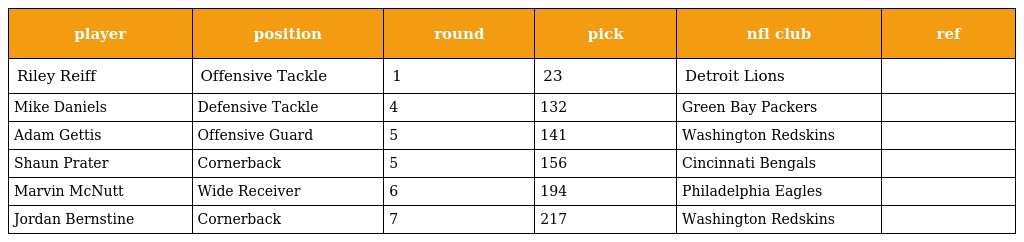
| player | position | round | pick | nfl club | ref |
 | --- | --- | --- | --- | --- | --- |
 | Riley Reiff | Offensive Tackle | 1 | 23 | Detroit Lions |  |
 | Mike Daniels | Defensive Tackle | 4 | 132 | Green Bay Packers |  |
 | Adam Gettis | Offensive Guard | 5 | 141 | Washington Redskins |  |
 | Shaun Prater | Cornerback | 5 | 156 | Cincinnati Bengals |  |
 | Marvin McNutt | Wide Receiver | 6 | 194 | Philadelphia Eagles |  |
 | Jordan Bernstine | Cornerback | 7 | 217 | Washington Redskins |  |